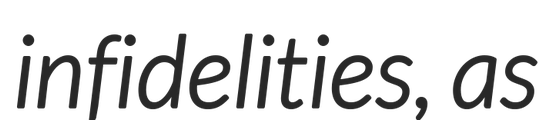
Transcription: infidelities, as